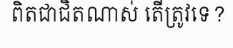
ពិតជាជិតណាស់ តើត្រូវទេ?